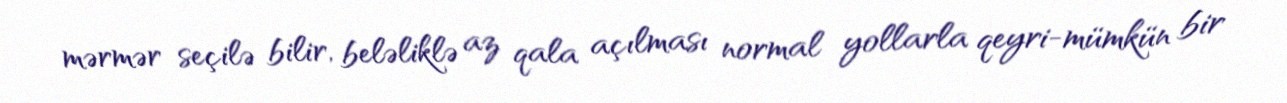
mərmər seçilə bilir, beləliklə az qala açılması normal yollarla qeyri-mümkün bir